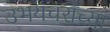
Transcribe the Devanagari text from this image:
उभयचरांच्या